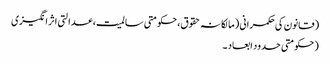
(قانون کی حکمرانی (مالکانہ حقوق، حکومتی سالمیت، عدالتی اثر انگیزی
(حکومتی حدود ابعاد ۔